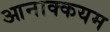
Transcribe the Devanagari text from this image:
आनाक्कयम